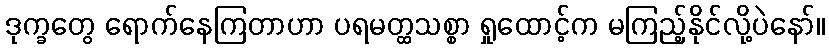
ဒုက္ခတွေ ရောက်နေကြတာဟာ ပရမတ္ထသစ္စာ ရှုထောင့်က မကြည့်နိုင်လို့ပဲနော်။